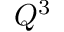
Q ^ { 3 }